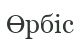
Өрбіс